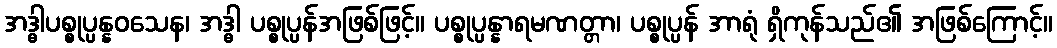
အဒ္ဓါပစ္စုပ္ပန္နဝသေန၊ အဒ္ဓါ ပစ္စုပ္ပန်အဖြစ်ဖြင့်။ ပစ္စုပ္ပန္နာရမဏတ္တာ၊ ပစ္စုပ္ပန် အာရုံ ရှိကုန်သည်၏ အဖြစ်ကြောင့်။